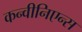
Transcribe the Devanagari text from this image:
कन्वीनिएन्स